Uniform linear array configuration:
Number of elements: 12
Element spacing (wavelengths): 1
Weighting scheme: cosine
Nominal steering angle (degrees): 15
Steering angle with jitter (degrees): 16.878
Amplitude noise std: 0.05
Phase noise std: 0.05

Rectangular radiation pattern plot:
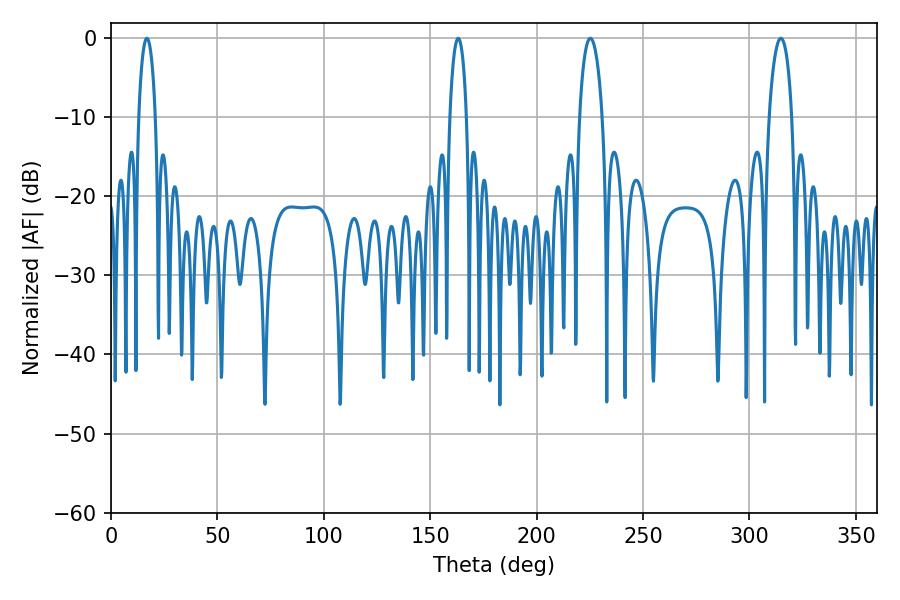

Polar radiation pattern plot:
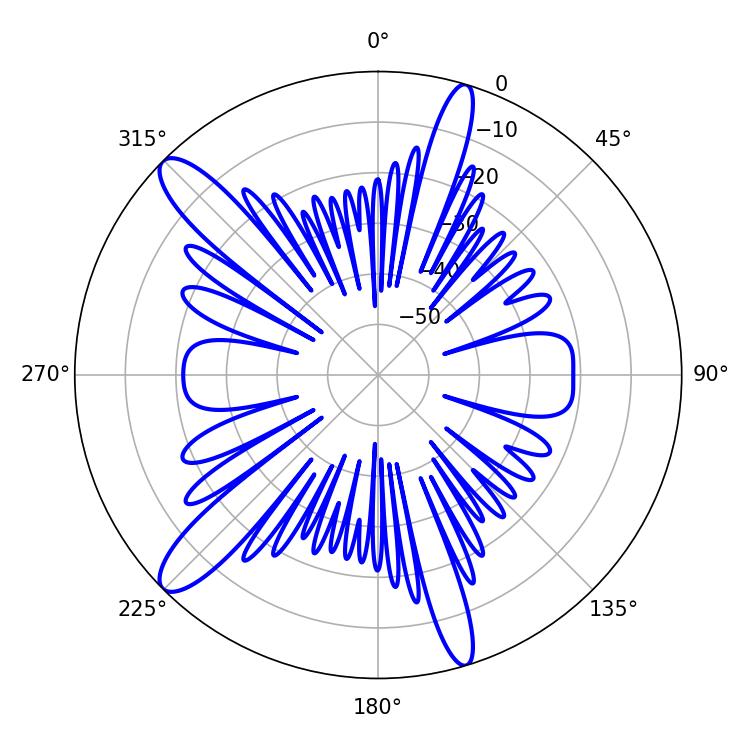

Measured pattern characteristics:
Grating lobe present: TRUE
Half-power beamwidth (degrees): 6.12
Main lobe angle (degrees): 225.18